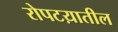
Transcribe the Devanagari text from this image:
रोपटय़ातील